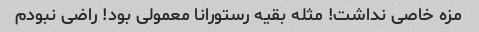
مزه خاصی نداشت! مثله بقیه رستورانا معمولی بود! راضی نبودم